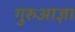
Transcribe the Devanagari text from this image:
गुरुआज्ञा